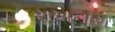
રાખનારા